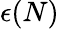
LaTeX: \epsilon(N)